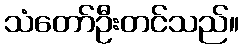
သံတော်ဦးတင်သည်။